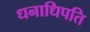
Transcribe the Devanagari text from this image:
धनाधिपति